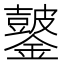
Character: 𫓖